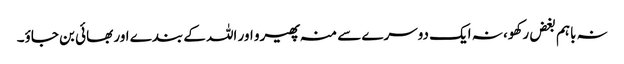
نہ باہم بغض رکھو، نہ ایک دوسرے سے منہ پھیرو اور اللہ کے بندے اور بھائی بن جاؤ۔